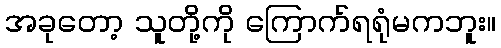
အခုတော့ သူတို့ကို ကြောက်ရရုံမကဘူး။